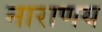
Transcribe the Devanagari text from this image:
नाराणय